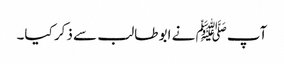
آپﷺ نے ابو طالب سے ذکر کیا۔